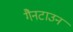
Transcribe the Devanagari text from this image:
गैनटाउन